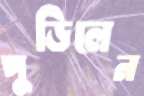
পুড়িলেন